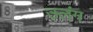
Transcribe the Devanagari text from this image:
उलंग